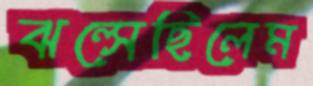
ঝল্‌সেছিলেম